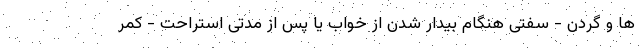
ها و گردن - سفتی هنگام بیدار شدن از خواب یا پس از مدتی استراحت - کمر